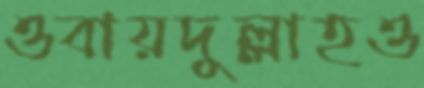
ওবায়দুল্লাহও